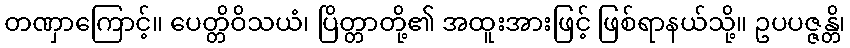
တဏှာကြောင့်။ ပေတ္တိဝိသယံ၊ ပြိတ္တာတို့၏ အထူးအားဖြင့် ဖြစ်ရာနယ်သို့။ ဥပပဇ္ဇန္တိ၊